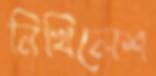
নিখিলেশ